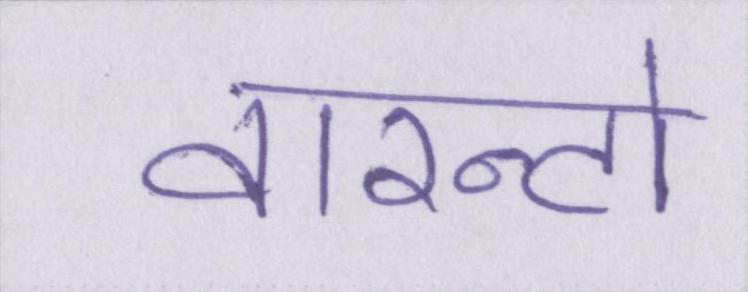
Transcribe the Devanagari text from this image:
वारन्टो